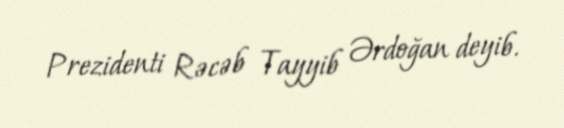
Prezidenti Rəcəb Tayyib Ərdoğan deyib.